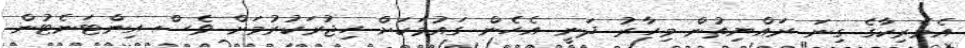
އެމެރިކާގެ ގިނަ ރައްޔިތުން މިހާރު ދަނީ އެހެން ގައުމަކަށް ހިޖުރަކުރުމަށް ވެސް އިންޓަނެޓުން